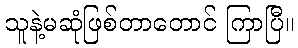
သူနဲ့မဆုံဖြစ်တာတောင် ကြာပြီ။